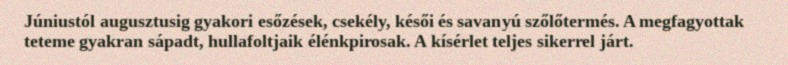
Júniustól augusztusig gyakori esőzések, csekély, késői és savanyú szőlőtermés. A megfagyottak teteme gyakran sápadt, hullafoltjaik élénkpirosak. A kísérlet teljes sikerrel járt.